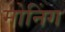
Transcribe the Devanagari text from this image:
मोनिंग